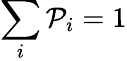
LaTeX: \sum_{i}\mathcal{P}_{i}=1